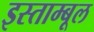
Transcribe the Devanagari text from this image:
इस्ताम्बूल